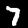
Digit: 7